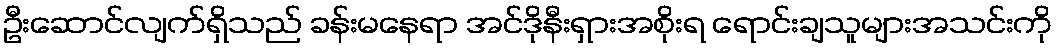
ဦးဆောင်လျက်ရှိသည် ခန်းမနေရာ အင်ဒိုနီးရှားအစိုးရ ရောင်းချသူများအသင်းကို